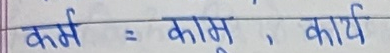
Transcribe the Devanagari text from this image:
कर्म = कामु , कार्य